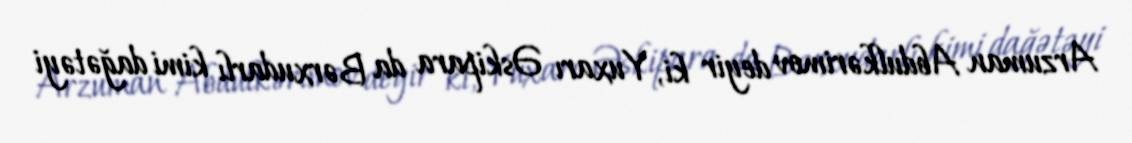
Arzuman Abdulkərimov deyir ki, Yuxarı Əskipara da Bərxudarlı kimi dağətəyi